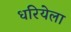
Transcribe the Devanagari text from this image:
धरियेला